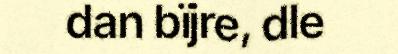
dan bïjre, dle